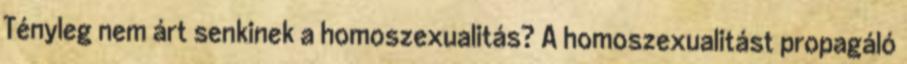
Tényleg nem árt senkinek a homoszexualitás? A homoszexualitást propagáló